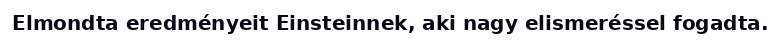
Elmondta eredményeit Einsteinnek, aki nagy elismeréssel fogadta.